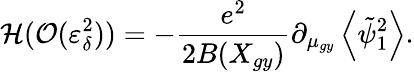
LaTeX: \mathcal{H}(\mathcal{O}(\varepsilon_{\delta}^{2}))=-\frac{e^{2}}{2B(X_{gy})}\partial_{\mu_{gy}}\left\langle\tilde{\psi}_{1}^{2}\right\rangle.